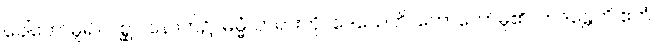
ခေါ်တော်မူ၍။ ပစ္ဆာ၊ နောက်၌။ ဓမ္မံ၊ တရားကို။ ဒေသေတိ၊ ဟောတော်မူ၏။ ဘဒန္တေတိ ဧတံ